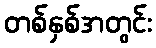
တစ်နှစ်အတွင်း